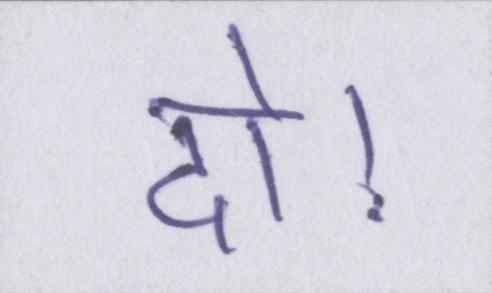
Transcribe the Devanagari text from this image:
दो।